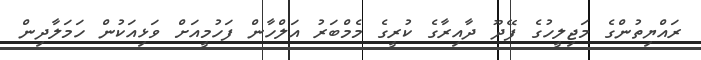
ރައްޔިތުންގެ މަޖިލީހުގެ ފޭދޫ ދާއިރާގެ ކުރީގެ މެމްބަރު އަލްހާން ފަހުމީއަށް ވަޅިއަކުން ހަމަލާދިން